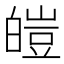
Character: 皚